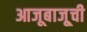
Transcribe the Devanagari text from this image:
आजूबाजू्ची